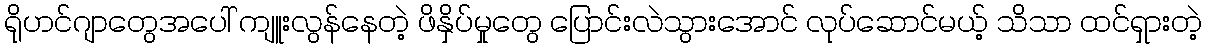
ရိုဟင်ဂျာတွေအပေါ် ကျူးလွန်နေတဲ့ ဖိနှိပ်မှုတွေ ပြောင်းလဲသွားအောင် လုပ်ဆောင်မယ့် သိသာ ထင်ရှားတဲ့